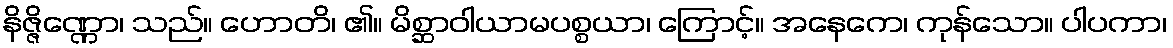
နိဇ္ဇိဏ္ဏော၊ သည်။ ဟောတိ၊ ၏။ မိစ္ဆာဝါယာမပစ္စယာ၊ ကြောင့်။ အနေကေ၊ ကုန်သော။ ပါပကာ၊